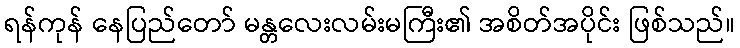
ရန်ကုန် နေပြည်တော် မန္တလေးလမ်းမကြီး၏ အစိတ်အပိုင်း ဖြစ်သည်။